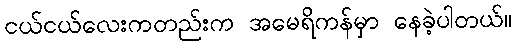
ငယ်ငယ်လေးကတည်းက အမေရိကန်မှာ နေခဲ့ပါတယ်။